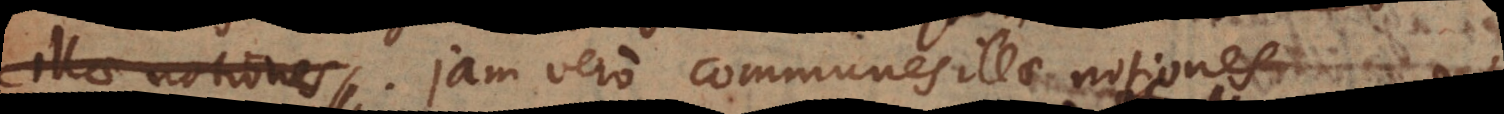
exerceant. Jam vero communes illae notiones